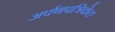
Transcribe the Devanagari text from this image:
अर्पणपत्रिकेत